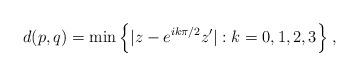
LaTeX: \begin{align*} d(p,q) = \min\Big\{|z-e^{ik\pi/2}z'| : k=0,1,2,3\Big\}\;,\end{align*}